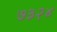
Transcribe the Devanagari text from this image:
७३२४